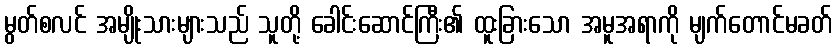
မွတ်စလင် အမျိုးသားများသည် သူတို့ ခေါင်းဆောင်ကြီး၏ ထူးခြားသော အမူအရာကို မျက်တောင်မခတ်